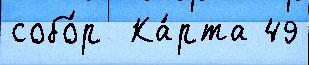
собо́р  Ка́рта 49